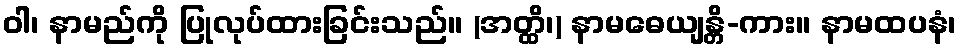
ဝါ၊ နာမည်ကို ပြုလုပ်ထားခြင်းသည်။ (အတ္ထိ၊) နာမဓေယျန္တိ-ကား။ နာမထပနံ၊